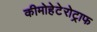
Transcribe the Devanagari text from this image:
कीमोहेटेरोट्राफ